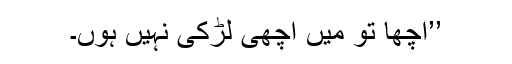
’’اچھا تو میں اچھی لڑکی نہیں ہوں۔